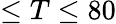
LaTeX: \leq T\leq 80